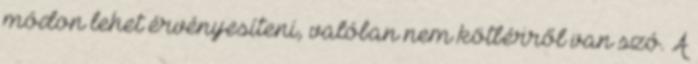
módon lehet érvényesíteni, valóban nem kötbérről van szó. A